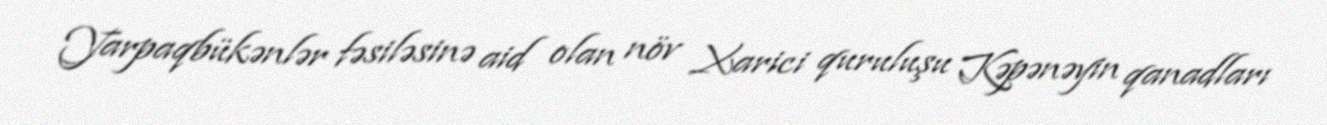
Yarpaqbükənlər fəsiləsinə aid olan növ Xarici quruluşu Kəpənəyin qanadları